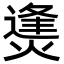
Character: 㷭